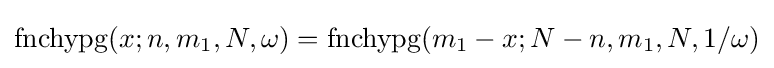
\operatorname {fnchypg} (x;n,m_{1},N,\omega )=\operatorname {fnchypg} (m_{1}-x;N-n,m_{1},N,1/\omega )